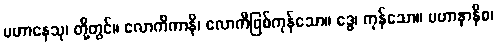
ပဟာနေသု၊ တို့တွင်။ လောကိကာနိ၊ လောကီဖြစ်ကုန်သော။ ဒွေ၊ ကုန်သော။ ပဟာနာနိစ၊